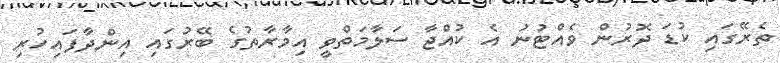
ތެރޭގައި ކުޑަ ދޮރުން ވެއްޓުނު އެ ކުއްޖާ ސަލާމަތްވީ އިމާރާތުގެ ބޭރުގައި އިންދާފައިހުރި